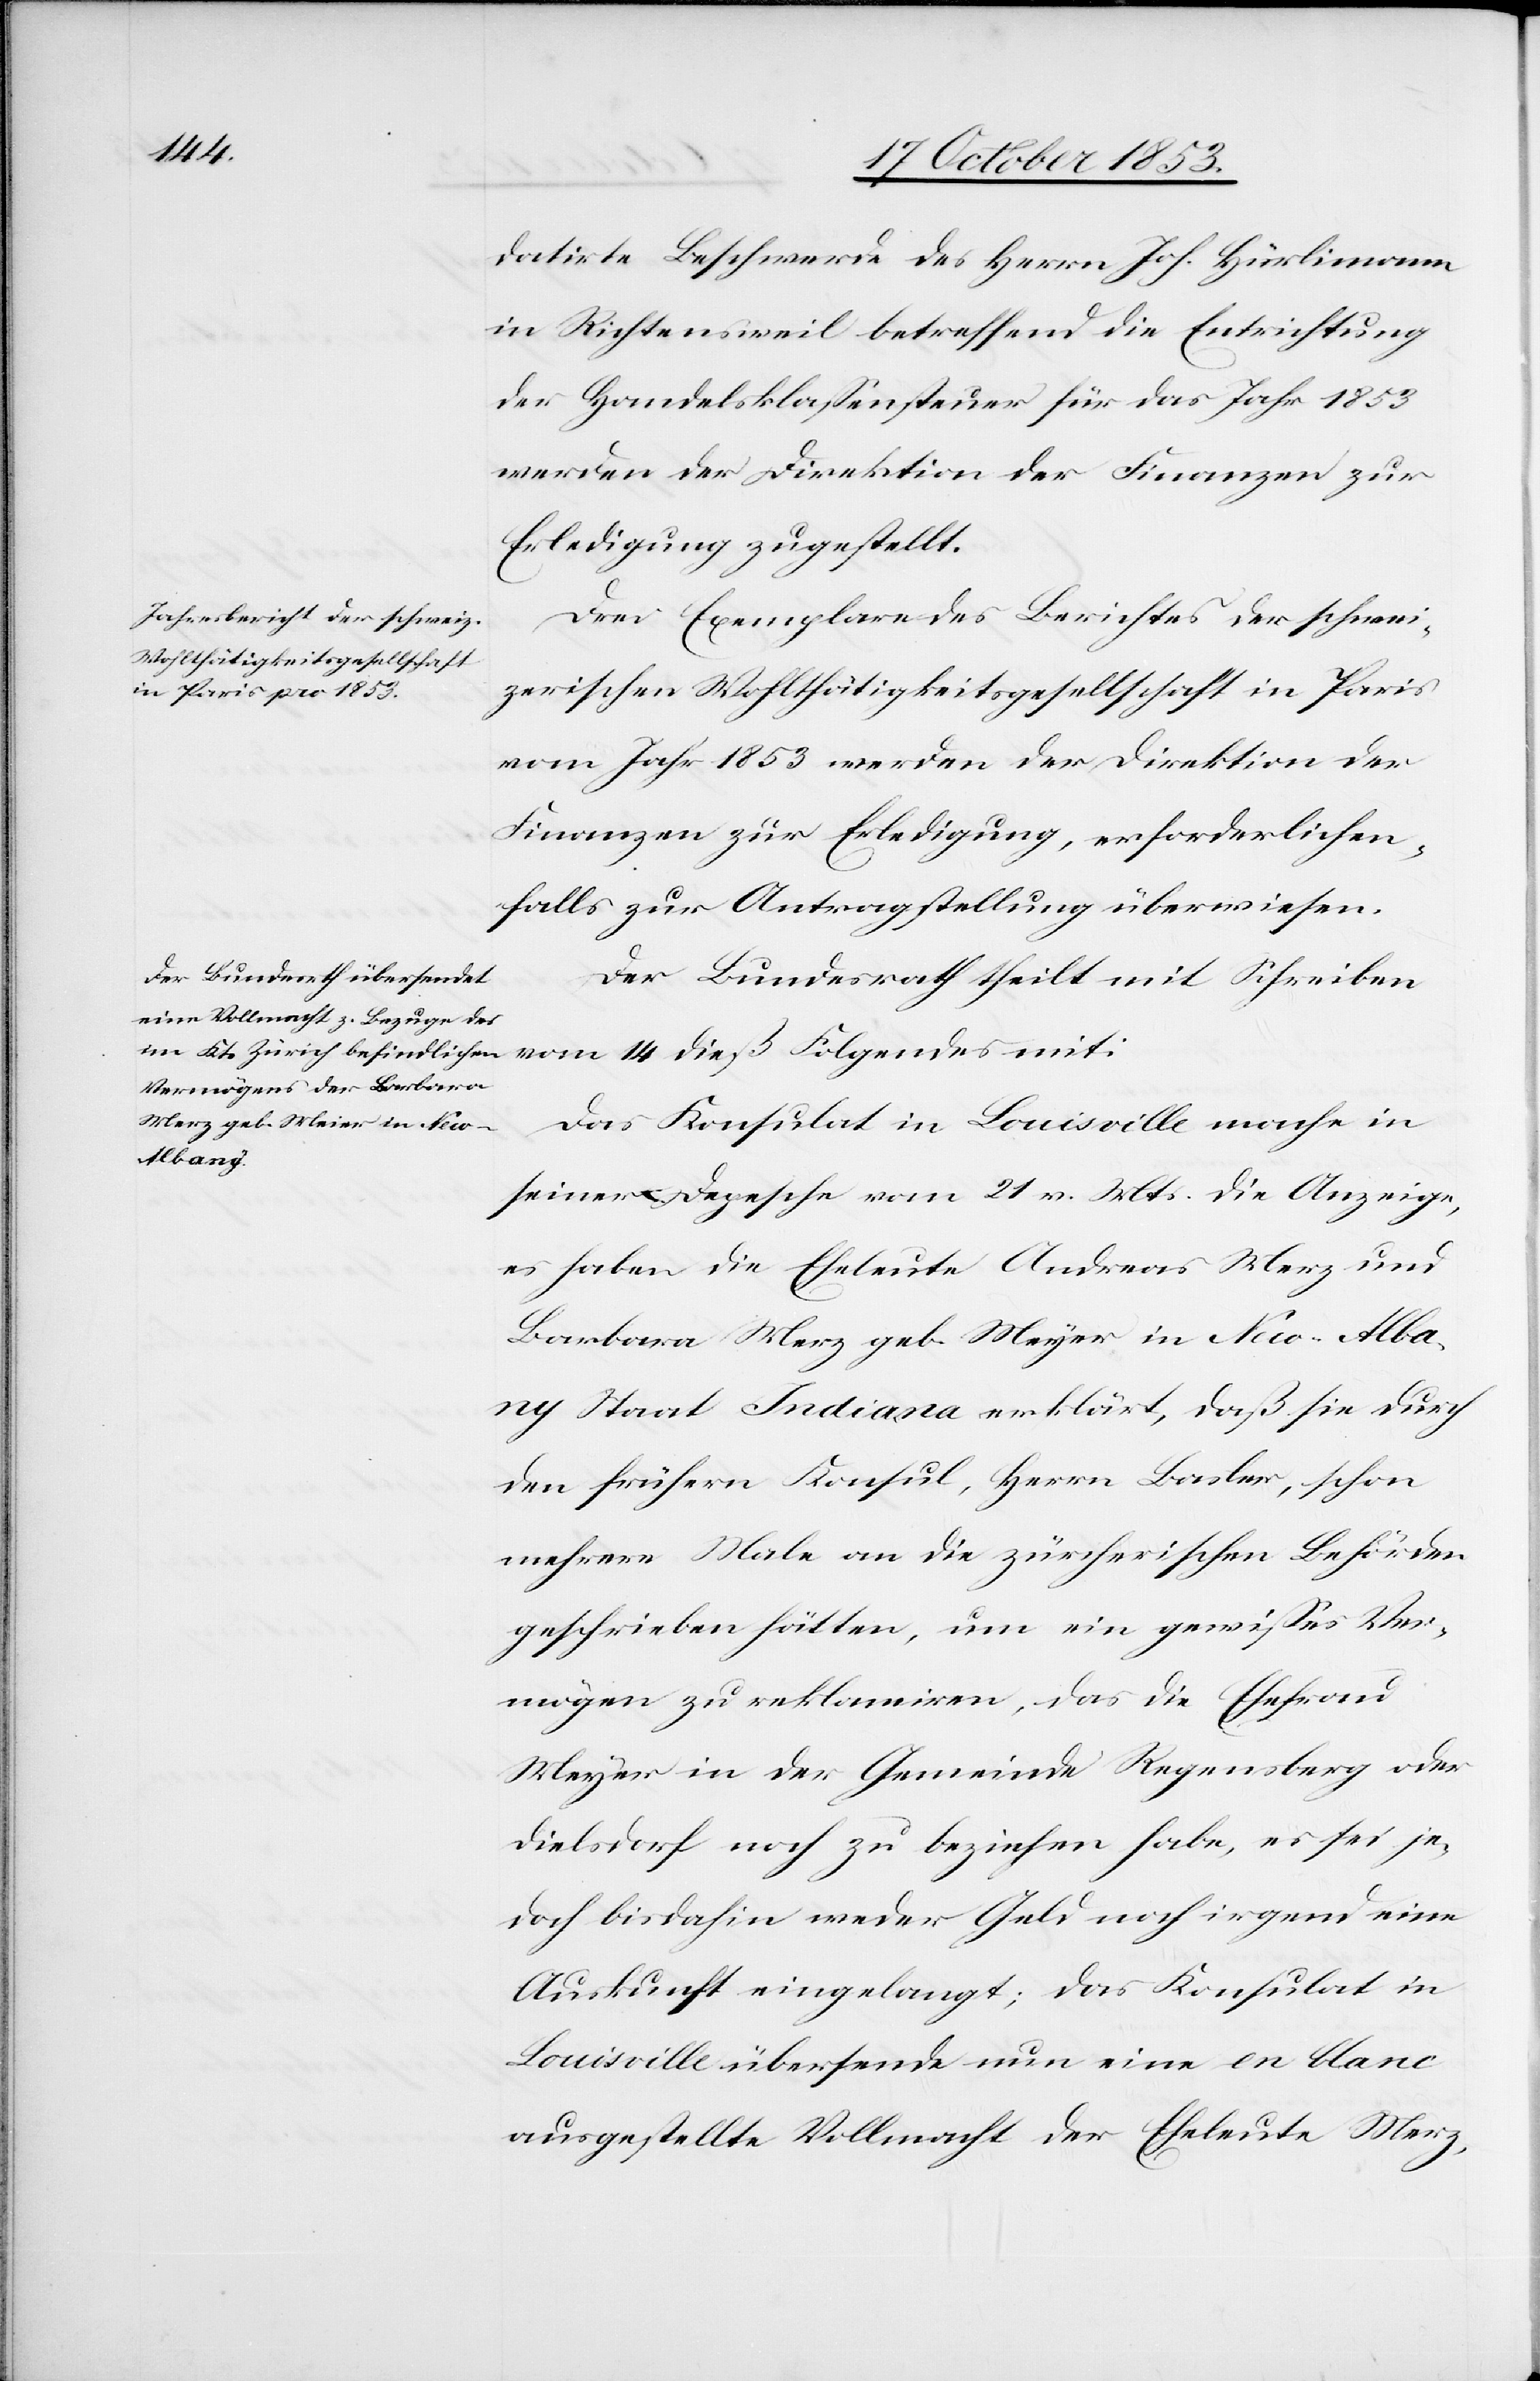
datirte Beschwerde des Herrn Joh. Hürlimann
in Richtensweil betreffend die Entrichtung
der Handelsklassensteuer für das Jahr 1853
werden der Direktion der Finanzen zur
Erledigung zugestellt.
Drei Exemplare des Berichtes der schwei¬
zerischen Wohltätigkeitsgesellschaft in Paris
vom Jahr 1853 werden der Direktion der
Finanzen zur Erledigung, erforderlichen¬
falls zur Antragsstellung überwiesen.
Der Bundesrath theilt mit Schreiben
vom 14 dieß Folgendes mit:
Das Konsulat in Louisville mache in
seiner Depesche vom 21 v. Mts. die Anzeige,
es haben die Eheleute Andreas Merz und
Barbara Merz geb. Meyer in New-Alba¬
ny Staat Indiana erklärt, daß sie durch
den frühern Konsul, Herrn Basler, schon
mehrere Male an die zürcherischen Behörden
geschrieben hätten, um ein gewißes Ver¬
mögen zu reklamiren, das die Ehefrau
Meyer in der Gemeinde Regensberg oder
Dielsdorf noch zu beziehen habe, es sei je¬
doch bisdahin weder Geld noch irgend eine
Auskunft eingelangt; das Konsulat in
Louisville übersende nun eine en blanc
ausgestellte Vollmacht der Eheleute Merz,